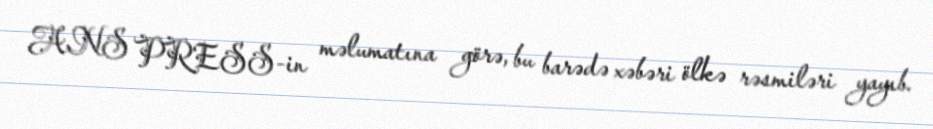
ANS PRESS-in məlumatına görə, bu barədə xəbəri ölkə rəsmiləri yayıb.